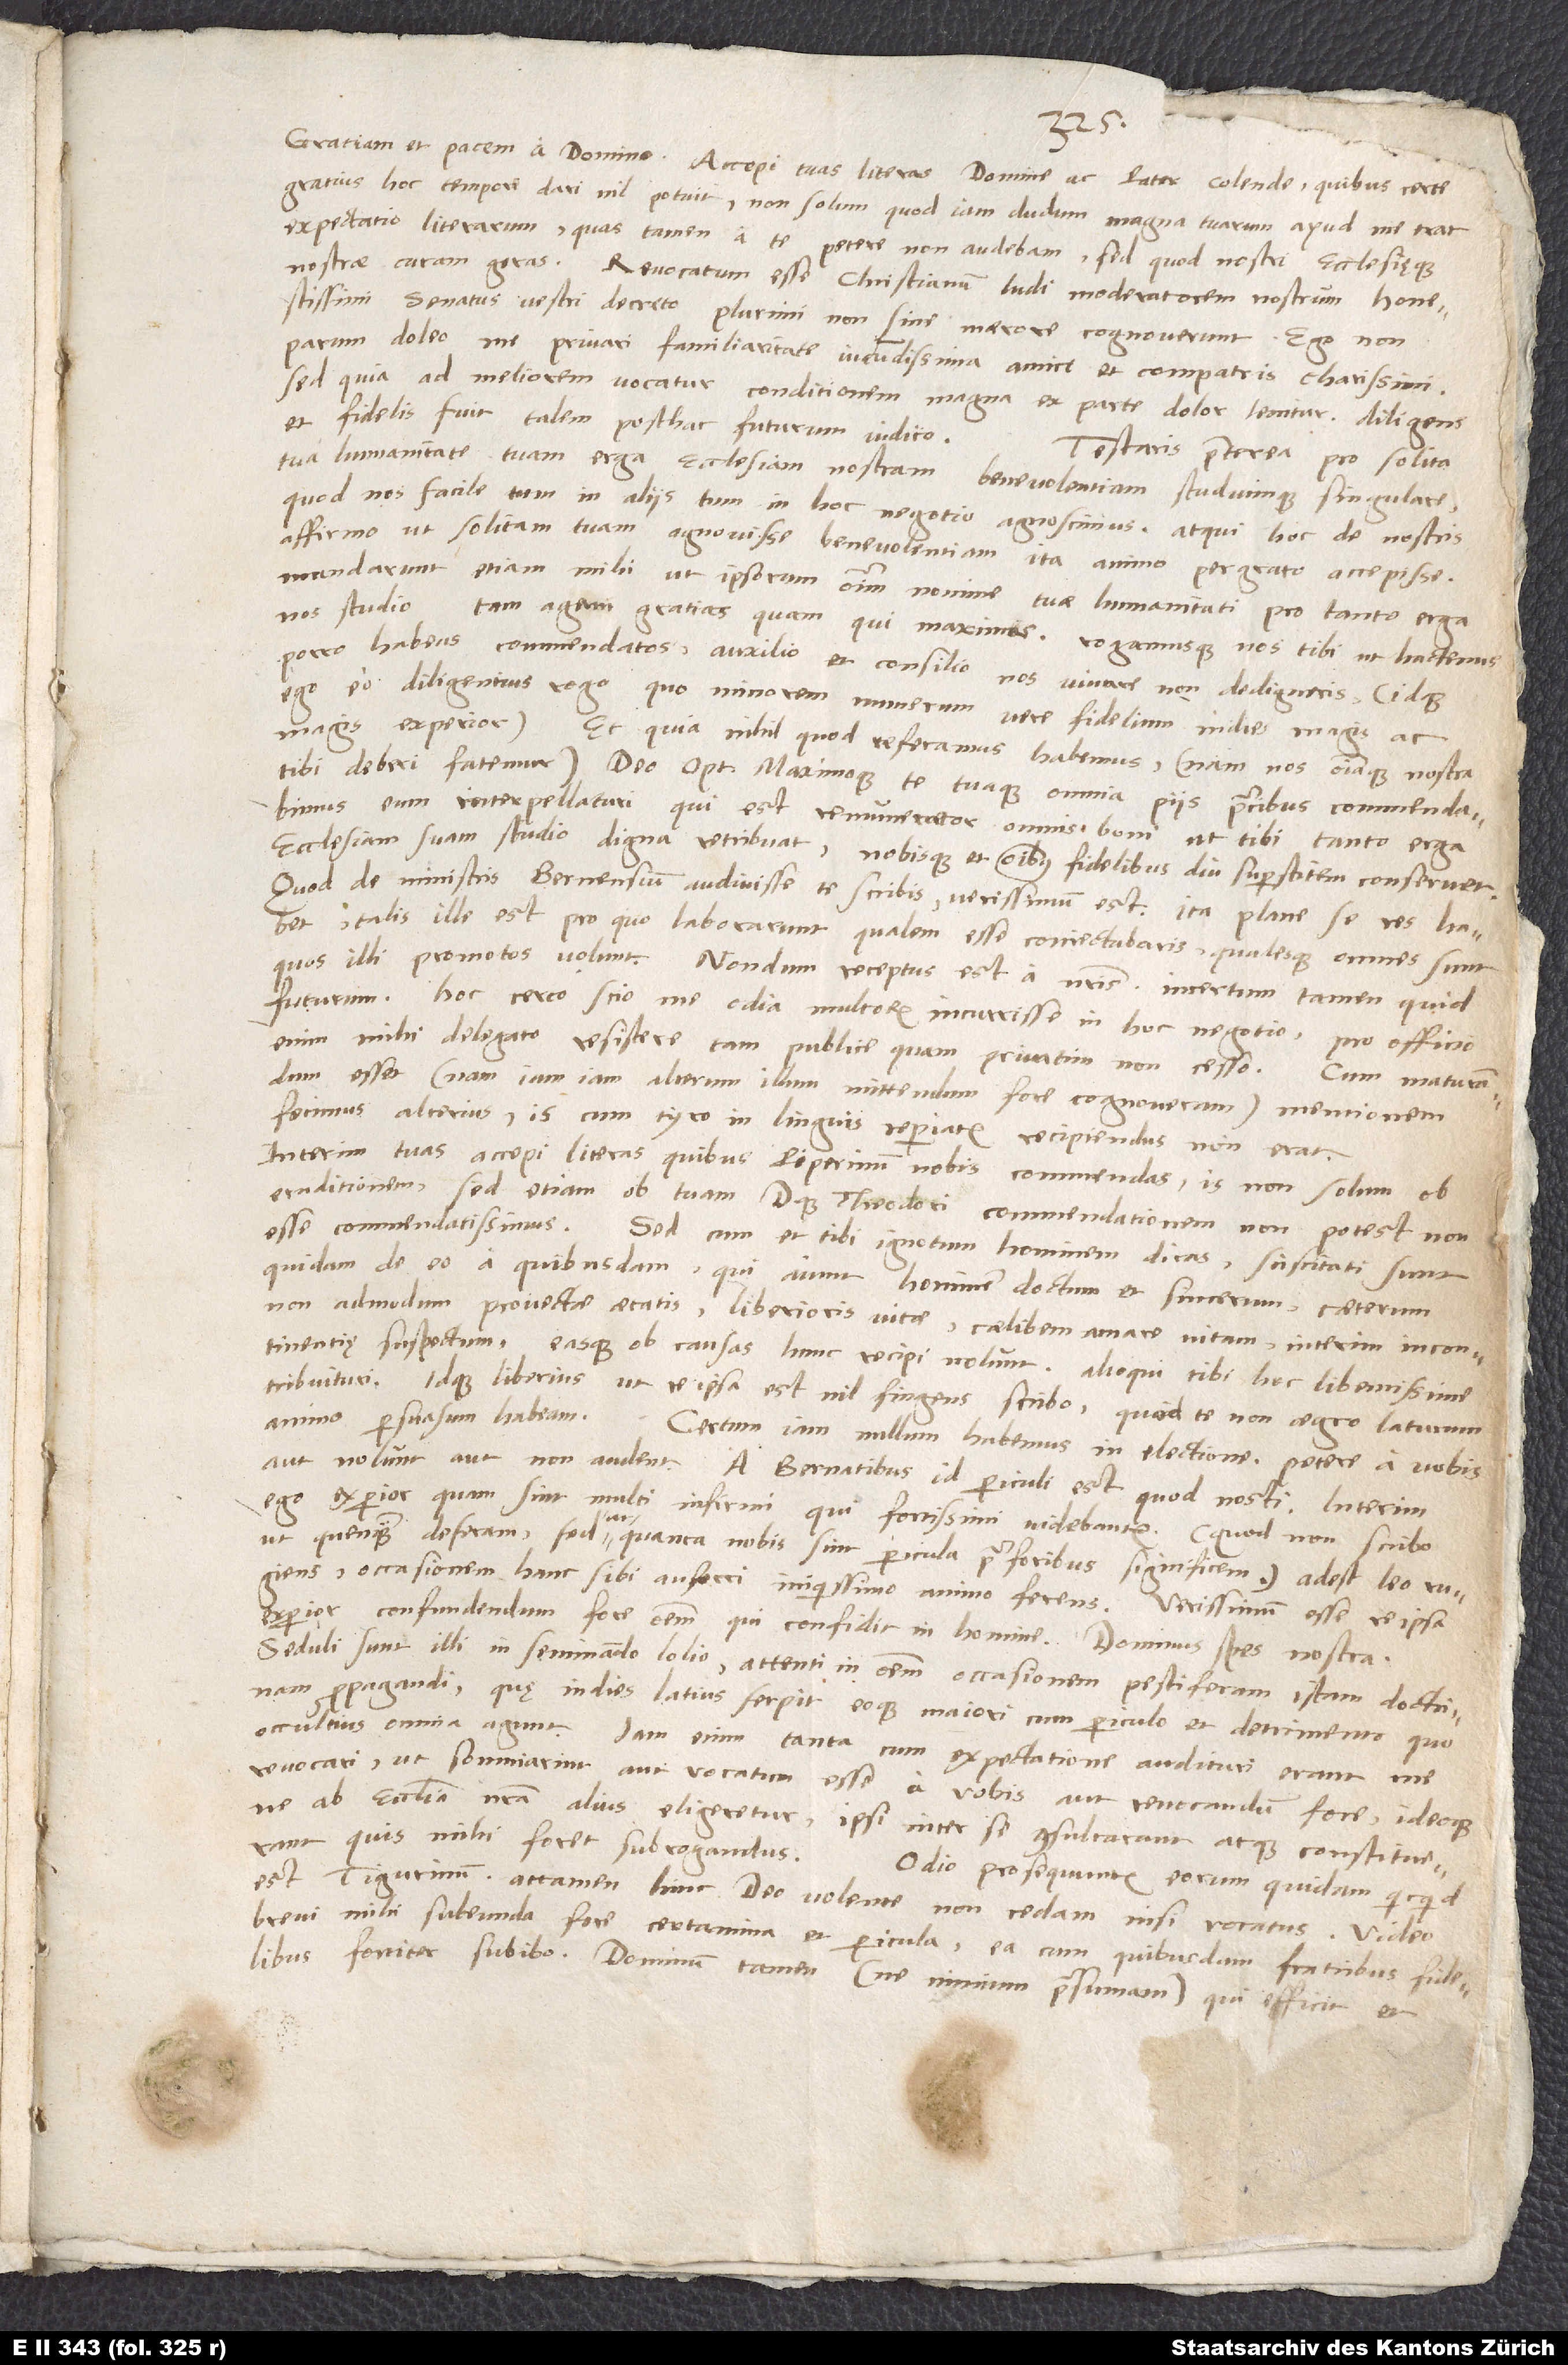
Gratiam et pacem a domino. Accepi tuas literas, domine ac pater colende, quibus certe
gratius hoc tempore dari nil potuit, non solum quod iam dudum magna tuarum apud me erat
expectatio literarum, quas tamen a te petere non audebam, sed quod nostri ecclesięque
nostrae curam geras. Revocatum esse Christianum, ludi moderatorem nostrum, honestissimi
senatus vestri decreto plurimi non sine maerore cognoverunt. Ego non
parum doleo me privari familiaritate iucundissima amici et compatris charissimi.
Sed, quia ad meliorem vocatur conditionem, magna ex parte dolor lenitur. Diligens
et fidelis fuit; talem posthac futurum iudico.
Testaris praeterea pro solita
tua humanitate tuam erga ecclesiam nostram benevolentiam studiumque singulare,
quod nos facile tum in aliis tum in hoc negotio agnoscimus. Atqui hoc de nostris
affirmo: ut solitam tuam agnovisse benevolentiam, ita animo pergrato accepisse.
Mandarunt etiam mihi, ut ipsorum omnium nomine tuae humanitati pro tanto erga
nos studio
tam agam gratias quam qui maximas, rogamusque nos tibi ut hactenus
porro habeas commendatos, auxilio et consilio nos iuvare non dedigneris (idque
ego eo diligentius rogo, quo minorem numerum vere fidelium indies magis ac
magis experior). Et quia nihil, quod referamus, habemus (nam nos omniaque nostra
tibi deberi fatemur), deo optimo maximoque te tuaque omnia piis precibus commendabimus
eum interpellaturi, qui est renumerator omnis boni, ut tibi tanto erga
ecclesiam suam studio digna retribuat nobisque et omnibus fidelibus diu superstitem conservet.
Quod de ministris Bernensium audivisse te scribis, verissimum est. Ita plane se res habet.
Talis ille est, pro quo laborarunt, qualem esse coniectabaris qualesque omnes sunt,
quos illi promotos volunt. Nondum receptus est a nostris; incertum tamen, quid
futurum. Hoc certo scio, me odia multorum incurrisse in hoc negotio; pro officio
enim mihi delegato resistere tam publice quam privatim non cesso. Cum maturandum
esset (nam iamiam alterum illum mittendum fore cognoveram), mentionem
fecimus alterius; is, cum tyro in linguis reperiatur, recipiendus non erat.
Interim tuas accepi literas, quibus Piperinum nobis commendas. Is non solum ob
eruditionem, sed etiam ob tuam dominique Theodori commendationem non potest non
esse commendatissimus. Sed cum et tibi ignotum hominem dicas, sciscitati sunt
quidam de eo a quibusdam, qui aiunt hominem doctum et sincerum, caeterum
non admodum provectae aetatis, liberioris vitae, caelibem amare vitam, interim incontinentię
suspectum. Easque ob causas hunc recipi nolunt. Alioqui tibi hoc libentissime
tribuituri, idque liberius (ut re ipsa est, nil fingens scribo), quod te non aegro laturum
animo persuasum habeam.
Certum iam nullum habemus in electione. Petere a vobis
aut nolunt aut non audent. A Bernatibus id periculi est, quod nosti. Interim
ego experior, quam sint multi infirmi, qui fortissimi videbantur (quod non scribo,
ut quenquam deferam, sed ut, quanta nobis sint pericula prae foribus, significem). Adest leo rugiens
occasionem hanc sibi auferri iniquissimo animo ferens. Verissimum esse (re ipsa
experior) confundendum fore omnem, qui confidit in homine. Dominus spes nostra.
Seduli sunt illi in seminando lolio, attenti in omnem occasionem pestiferam istam doctrinam
propagandi, quę indies latius serpit eoque maiori cum periculo et detrimento, quo
occultius omnia agunt. Iam enim tanta cum expectatione audituri erant me
revocari, ut somniarint aut vocatum esse a vobis aut revocandum fore; ideoque,
ne ab ecclesia nostra alius eligeretur, ipsi inter se consultarant atque constituerant,
quis mihi foret subrogandus.
Odio prosequuntur eorum quidam, quicquid
est Tigurinum; attamen hinc deo volente non cedam, nisi vocatus. Video
brevi mihi subeunda fore certamina et pericula. Ea cum quibusdam fratribus fidelibus
fortiter subibo. Dominum tamen (ne nimium praesumam), qui efficit et